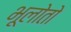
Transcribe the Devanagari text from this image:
भूलोतो